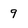
Character: 9